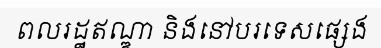
ពលរដ្ឋឥណ្ឌា និងនៅបរទេសផ្សេង